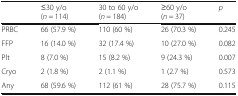
<table><thead><tr><td></td><td><b>≤30 y/o (<i>n</i> = 114)</b></td><td><b>30 to 60 y/o (<i>n</i> = 184)</b></td><td><b>≥60 y/o (<i>n</i> = 37)</b></td><td><b><i>p</i></b></td></tr></thead><tbody><tr><td>PRBC</td><td>66 (57.9 %)</td><td>110 (60 %)</td><td>26 (70.3 %)</td><td>0.245</td></tr><tr><td>FFP</td><td>16 (14.0 %)</td><td>32 (17.4 %)</td><td>10 (27.0 %)</td><td>0.082</td></tr><tr><td>Plt</td><td>8 (7.0 %)</td><td>15 (8.2 %)</td><td>9 (24.3 %)</td><td>0.007</td></tr><tr><td>Cryo</td><td>2 (1.8 %)</td><td>2 (1.1 %)</td><td>1 (2.7 %)</td><td>0.573</td></tr><tr><td>Any</td><td>68 (59.6 %)</td><td>112 (61 %)</td><td>28 (75.7 %)</td><td>0.115</td></tr></tbody></table>